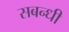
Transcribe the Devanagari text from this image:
सबन्धी